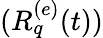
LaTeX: (R_{q}^{(e)}(t))